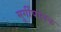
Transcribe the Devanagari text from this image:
मुर्गीपालक